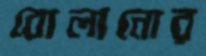
বোলানোর